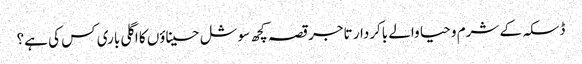
ڈسکہ کے شرم و حیا والے باکردار تاجر	قصہ کچھ سوشل حسیناؤں کا	اگلی باری کس کی ہے؟